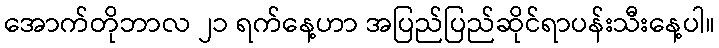
အောက်တိုဘာလ ၂၁ ရက်နေ့ဟာ အပြည်ပြည်ဆိုင်ရာပန်းသီးနေ့ပါ။